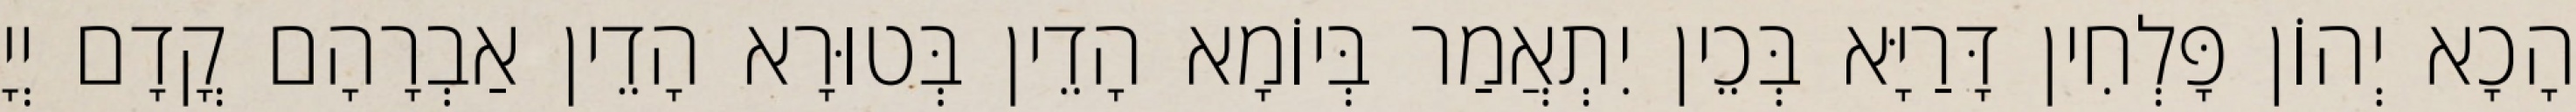
הָכָא יְהוֹן פָּלְחִין דָּרַיָּא בְּכֵין יִתְאֲמַר בְּיוֹמָא הָדֵין בְּטוּרָא הָדֵין אַבְרָהָם קֳדָם יְיָ